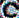
C